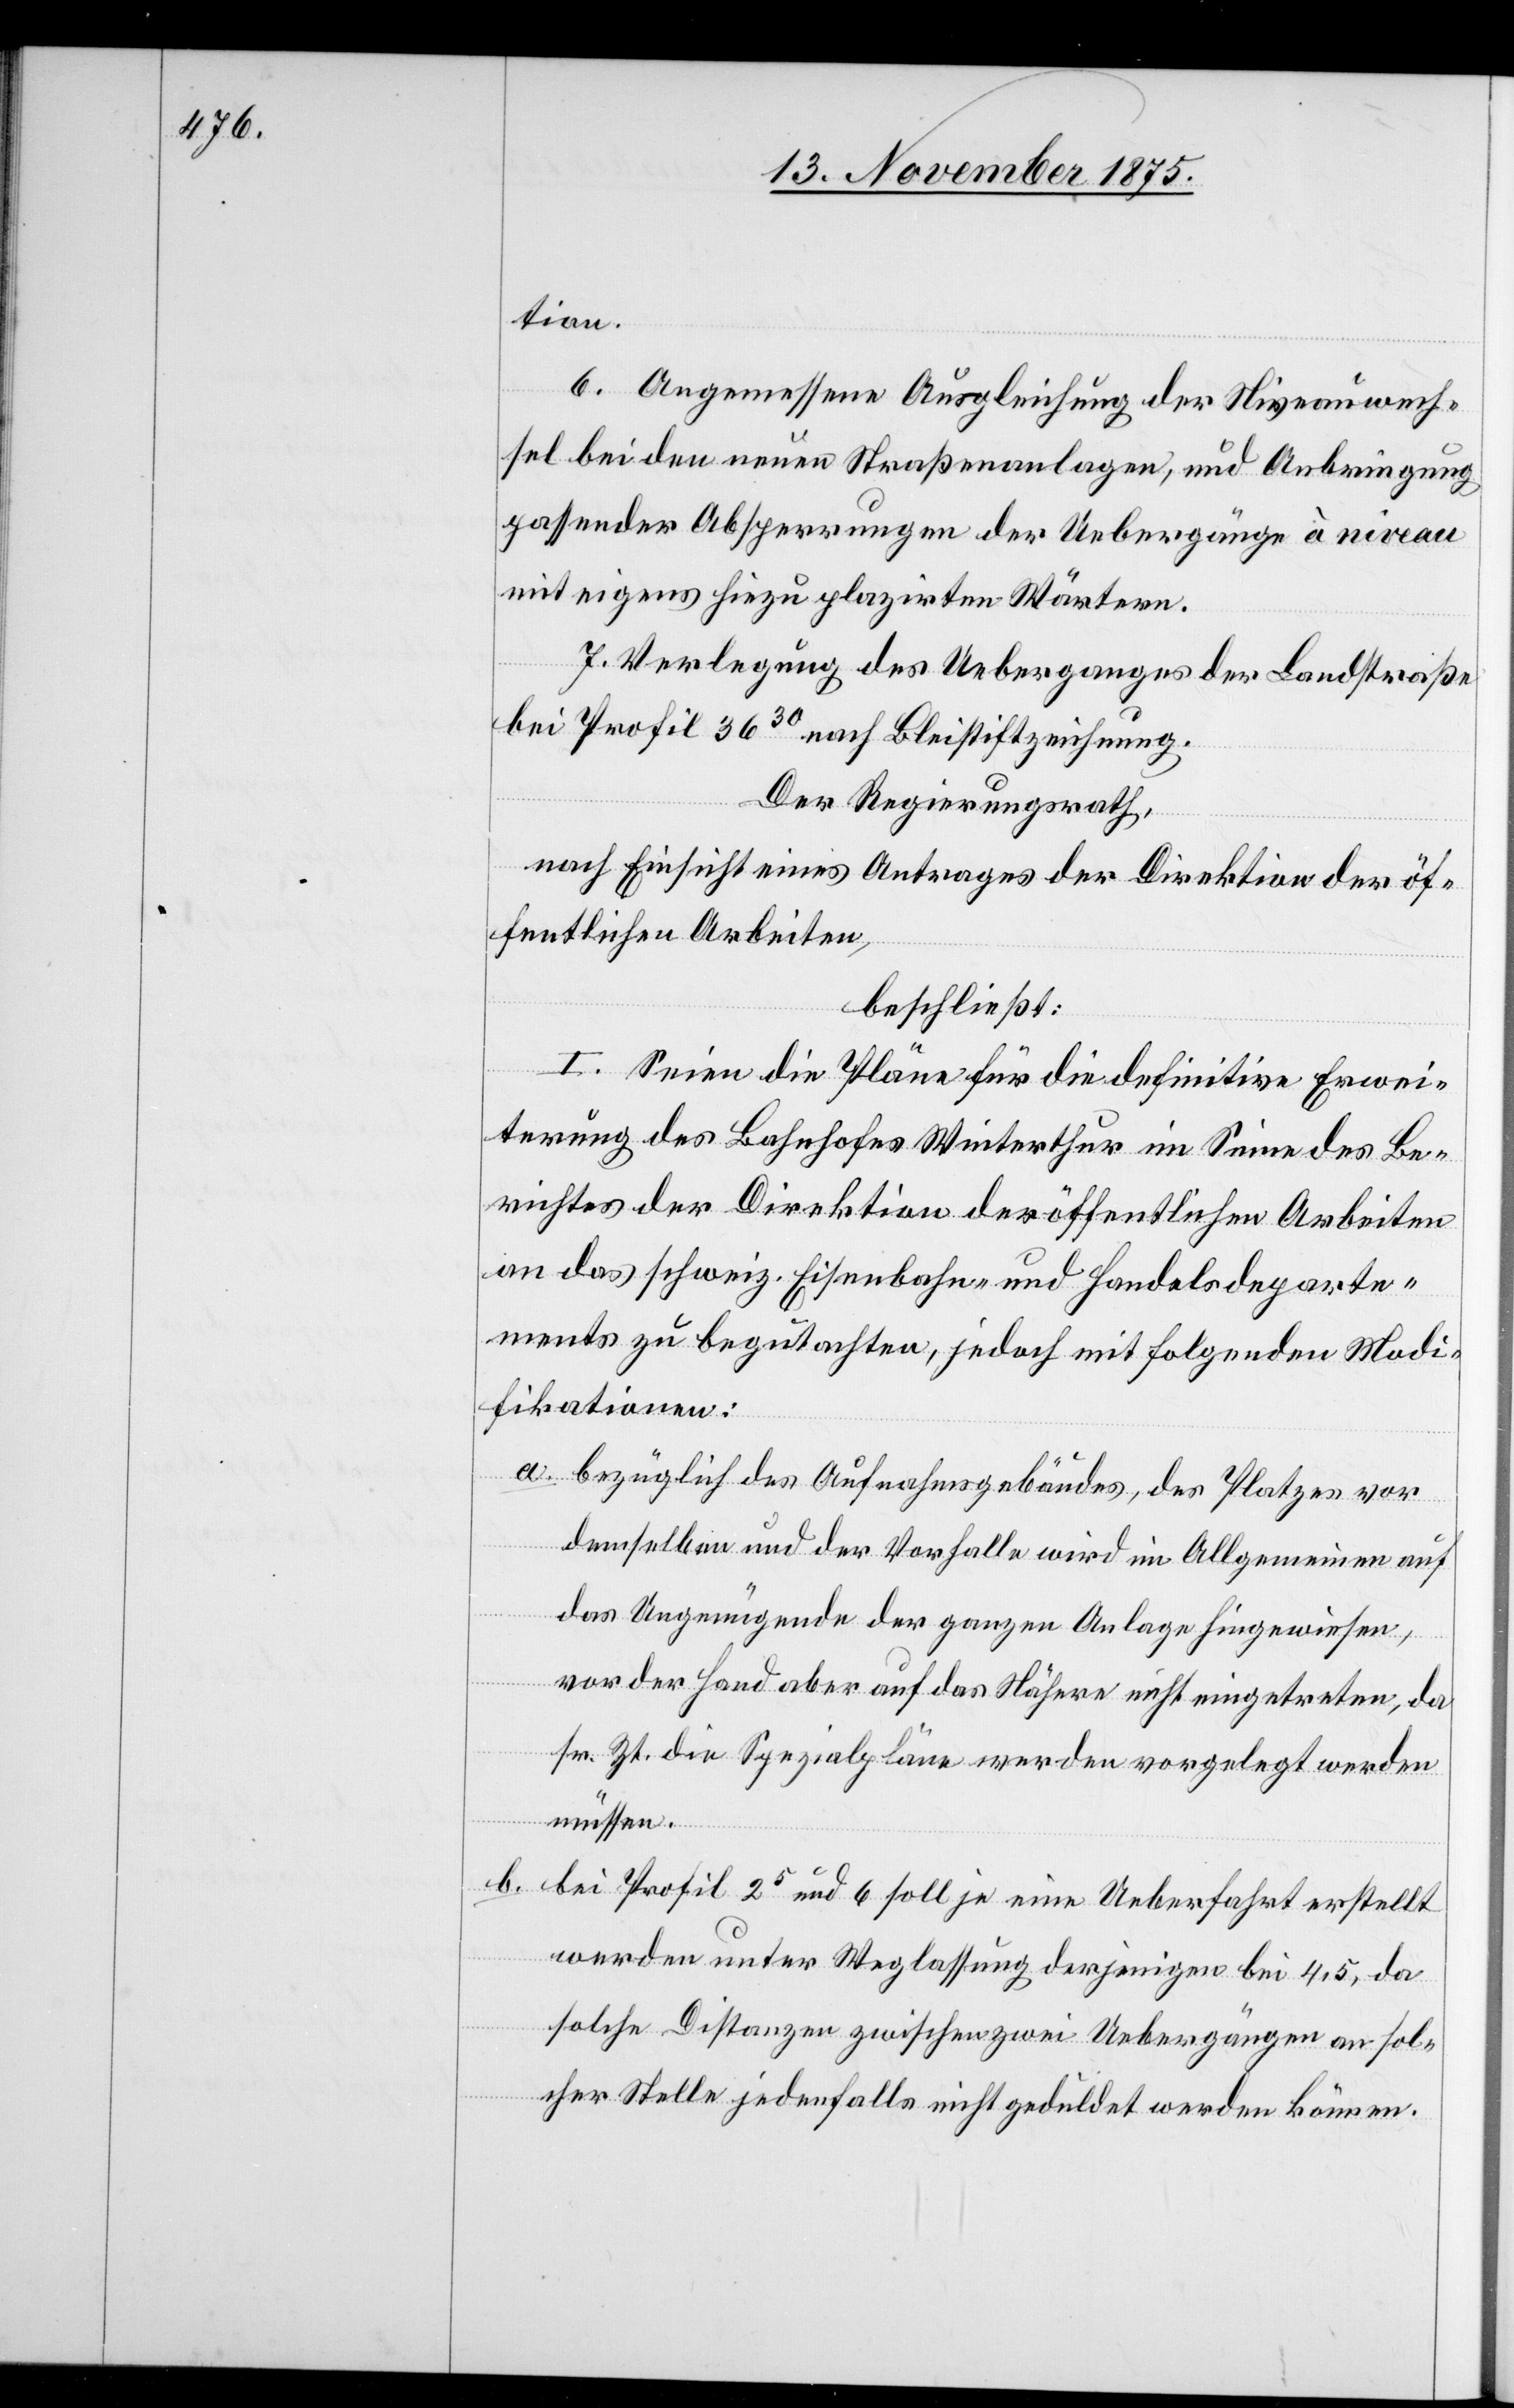
tion.
6. Angemessene Ausgleichung der Niveauwech¬
sel bei den neuen Straßenanlagen, und Anbringung
passender Absperrungen der Uebergänge à niveau
mit eigens hiezu plazirten Wärtern.
7. Verlegung des Ueberganges der Landstraße
bei Profil 3630 nach Bleistiftzeichnung.
Der Regierungsrath,
nach Einsicht eines Antrages der Direktion der öf¬
fentlichen Arbeiten,
beschließt:
I. Seien die Pläne für die definitive Erwei¬
terung des Bahnhofes Winterthur im Sinne des Be¬
richtes der Direktion der öffentlichen Arbeiten
an das schweiz. Eisenbahn- und Handelsdeparte¬
ment zu begutachten, jedoch mit folgenden Modi¬
fikationen:
a. bezüglich des Aufnahmsgebäudes, des Platzes vor
demselben und der Vorhalle wird im Allgemeinen auf
das Ungenügende der ganzen Anlage hingewiesen,
vor der Hand aber auf das Nähere nicht eingetreten, da
sr. Zt. die Spezialpläne werden vorgelegt werden
müssen.
b. bei Profil 25 und 6 soll je eine Ueberfahrt erstellt
werden unter Weglassung derjenigen bei 4,5, da
solche Distanzen zwischen zwei Uebergängen an sol¬
cher Stelle jedenfalls nicht geduldet werden können.